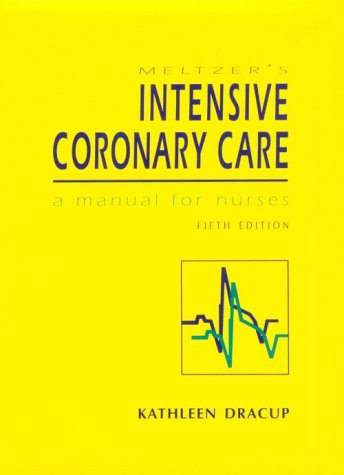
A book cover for Meltzer's Intensive Coronary Care: A Manual for Nurses (5th Edition); Kathleen Dracup; Medical Books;